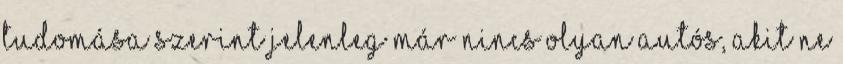
tudomása szerint jelenleg már nincs olyan autós, akit ne